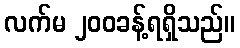
လက်မ ၂၀၀ခန့်ရရှိသည်။